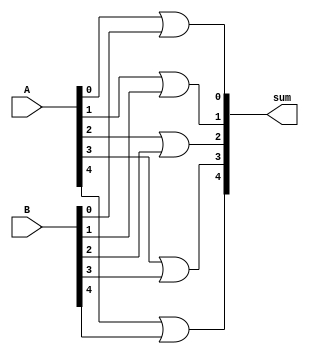
module _5bit_or(sum,A,B);
input [4:0]A,B; 
output [4:0]sum;

or 	x1(sum[0],A[0],B[0]),
		x2(sum[1],A[1],B[1]),
		x3(sum[2],A[2],B[2]),
		x4(sum[3],A[3],B[3]),
		x5(sum[4],A[4],B[4]);
endmodule